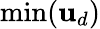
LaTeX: \operatorname*{min}(\mathbf{u}_{d})